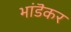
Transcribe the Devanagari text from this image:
भांडॆकर